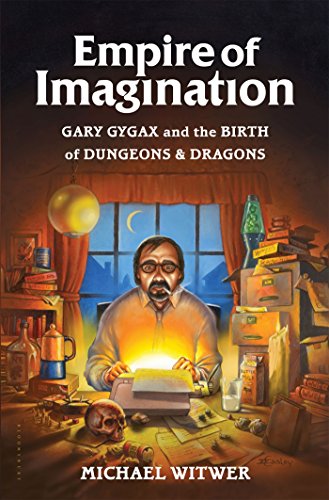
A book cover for Empire of Imagination: Gary Gygax and the Birth of Dungeons & Dragons; Michael Witwer; Science Fiction & Fantasy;